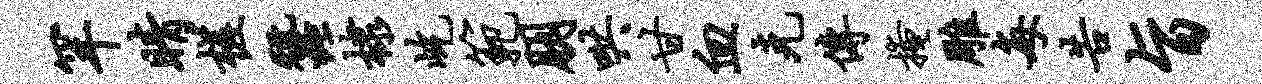
罕睛槎蚕棣屹范朋哄甘血克传掩雕每告旨